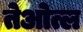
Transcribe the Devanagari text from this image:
तेओत्ल